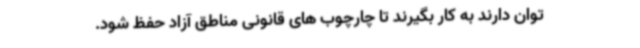
توان دارند به کار بگیرند تا چارچوب های قانونی مناطق آزاد حفظ شود.